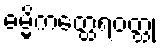
ဓမ္မိကတ္ထေရဝတ္ထု